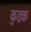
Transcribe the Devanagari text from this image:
कुइक